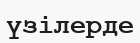
үзілерде